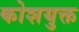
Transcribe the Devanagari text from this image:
कोशयुक्त